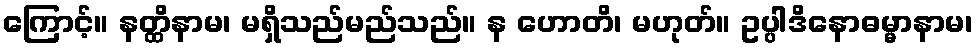
ကြောင့်။ နတ္ထိနာမ၊ မရှိသည်မည်သည်။ န ဟောတိ၊ မဟုတ်။ ဥပ္ပါဒိနောဓမ္မာနာမ၊